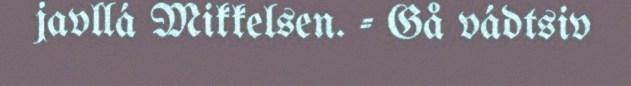
javllá Mikkelsen. - Gå vádtsiv